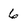
Character: 6